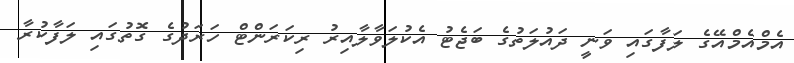
އެމްއެމްއޭގެ ލަފާގައި ވަނީ ދައުލަތުގެ ބަޖެޓު އެކުލަވާލާއިރު ރިކަރަންޓް ހަރަދުގެ ގޮތުގައި ލަފާކުރާ